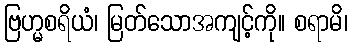
ဗြဟ္မစရိယံ၊ မြတ်သောအကျင့်ကို။ စရာမိ၊